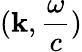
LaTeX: (\mathbf{k},{\frac{\omega}{c}})